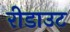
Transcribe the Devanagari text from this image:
रीडाउट